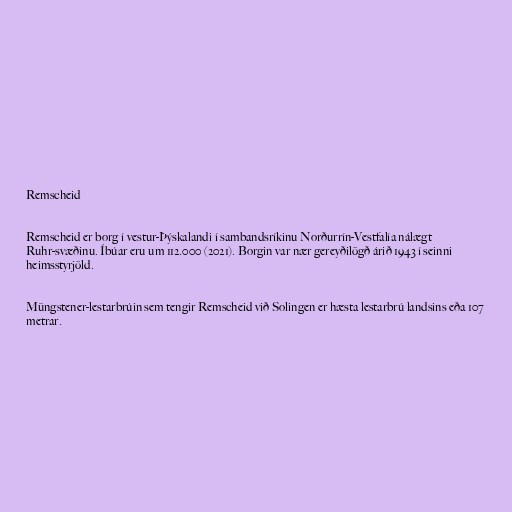
Remscheid

Remscheid er borg í vestur-Þýskalandi í sambandsríkinu Norðurrín-Vestfalía nálægt
Ruhr-svæðinu. Íbúar eru um 112.000 (2021). Borgin var nær gereyðilögð árið 1943 í seinni
heimsstyrjöld.

Müngstener-lestarbrúin sem tengir Remscheid við Solingen er hæsta lestarbrú landsins eða 107
metrar.